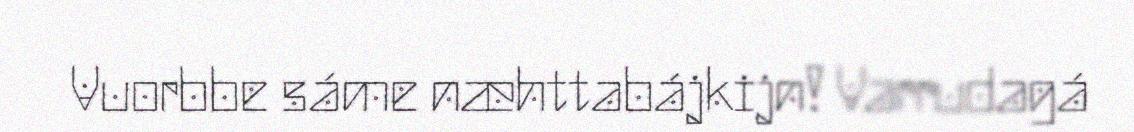
Vuorbbe sáme næhttabájkijn! Varrudagá